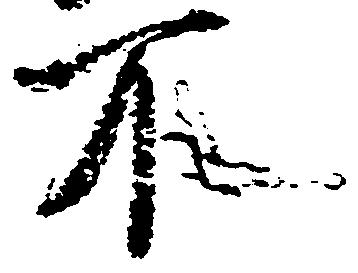
不